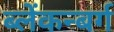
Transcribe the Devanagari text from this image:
ब्लेंकन्बर्ग